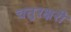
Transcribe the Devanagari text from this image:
चतुरक्षरी